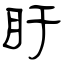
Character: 盱